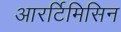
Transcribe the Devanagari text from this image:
आरर्टिमिसिन